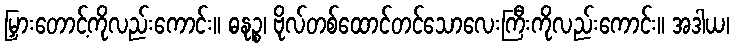
မြှားတောင့်ကိုလည်းကောင်း။ ဓနုဉ္စ၊ ဗိုလ်တစ်ထောင်တင်သောလေးကြီးကိုလည်းကောင်း။ အဒါယ၊